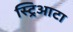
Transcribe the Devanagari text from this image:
स्ट्रिआटा